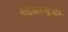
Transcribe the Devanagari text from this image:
पिकाचुची